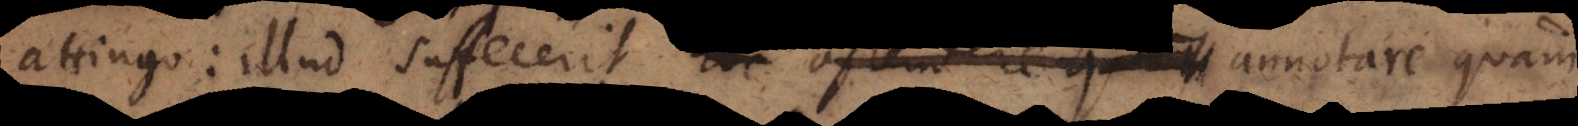
tingo: illud suffecerit hoc ostendere quam annotare q